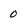
Character: 0